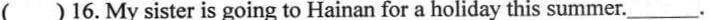
( )16.My sister is going to Hainan for a holiday this summer._________.